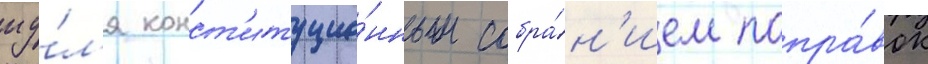
иу́л'я конст'итуцио́нным собра́н'ием попра́вок